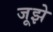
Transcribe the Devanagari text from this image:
जूझे